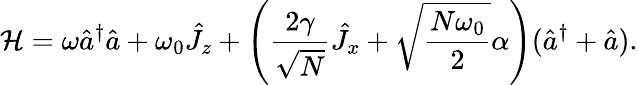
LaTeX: \mathcal{H}=\omega\hat{a}^{\dagger}\hat{a}+\omega_{0}\hat{J}_{z}+\left(\frac{2\gamma}{\sqrt{N}}\hat{J}_{x}+\sqrt{\frac{N\omega_{0}}{2}}\alpha\right)(\hat{a}^{\dagger}+\hat{a}).